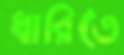
ধারিতে